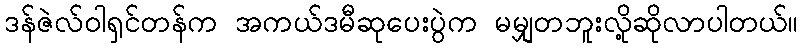
ဒန်ဇဲလ်ဝါရှင်တန်က အကယ်ဒမီဆုပေးပွဲက မမျှတဘူးလို့ဆိုလာပါတယ်။